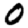
Digit: 0